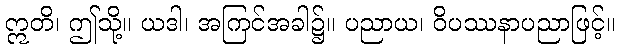
ဣတိ၊ ဤသို့။ ယဒါ၊ အကြင်အခါ၌။ ပညာယ၊ ဝိပဿနာပညာဖြင့်။